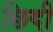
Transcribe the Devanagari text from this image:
छिदी